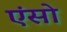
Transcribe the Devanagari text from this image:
एंसो